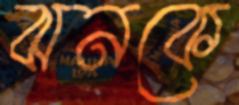
ঝনকে